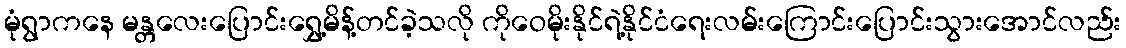
မုံရွာကနေ မန္တလေးပြောင်းရွှေ့မိန့်တင်ခဲ့သလို ကိုဝေမိုးနိုင်ရဲ့နိုင်ငံရေးလမ်းကြောင်းပြောင်းသွားအောင်လည်း